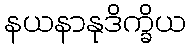
နယနာနုဒိက္ခိယ